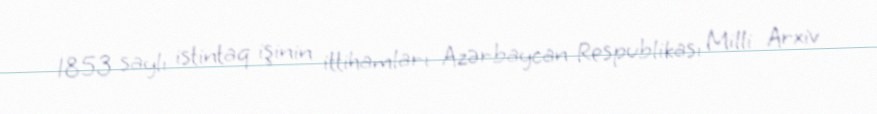
1853 saylı istintaq işinin ittihamları Azərbaycan Respublikası Milli Arxiv